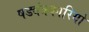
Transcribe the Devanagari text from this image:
षड्यंत्रकारियो